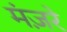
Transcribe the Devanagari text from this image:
मंज़रे